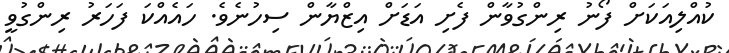
ކުއްލިއަކަށް ފޯނު ރިންގުވާން ފެށި އަޑަށް އިޒްޔާން ސިހުނެވެ. ހައެއްކަ ފަހަރު ރިންގުވީ